Problem: 18 ÷ 9 = ?
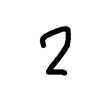
Handwritten answer: 2